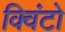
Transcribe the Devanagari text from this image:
क्विंटो